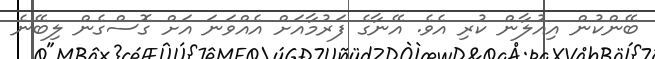
ބޭންކުން އިއުލާން ކުރި އެވެ. އޭނާގެ ފަރުމާއަށް އެއްވަނަ އަށް ގޮސްގެން ލިބޭނެ